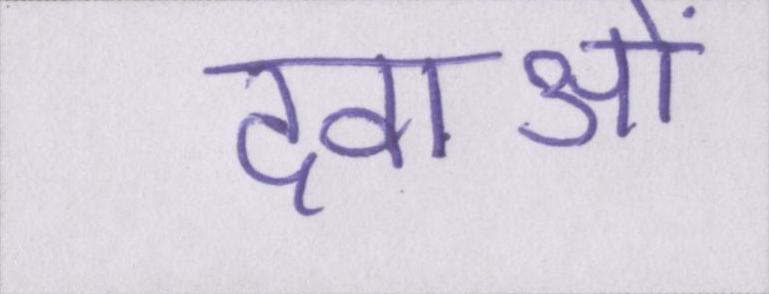
दवाओं